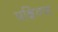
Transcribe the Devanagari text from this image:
पक्षिगण